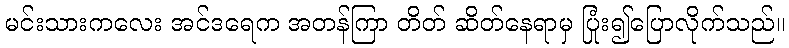
မင်းသားကလေး အင်ဒရေက အတန်ကြာ တိတ် ဆိတ်နေရာမှ ပြုံး၍ပြောလိုက်သည်။